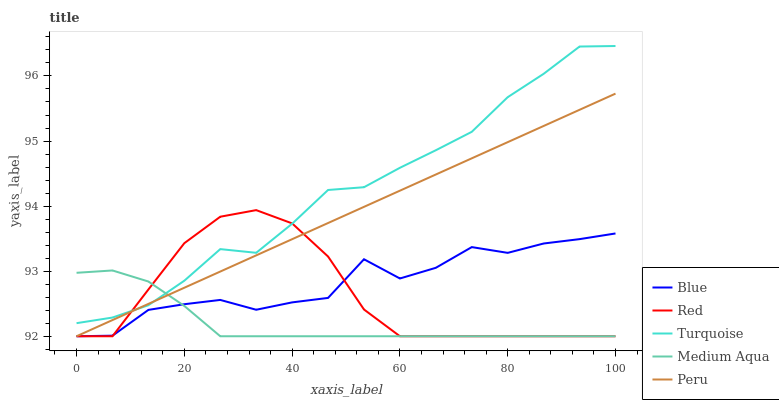
| xaxis_label | Blue | Red | Turquoise | Medium Aqua | Peru |
 | --- | --- | --- | --- | --- | --- |
 | 0 | 92 | 92 | 92.2 | 93 | 92 |
 | 6.67 | 92 | 92 | 92.3 | 93 | 92.2 |
 | 13.3 | 92.4 | 92.7 | 92.5 | 92.8 | 92.5 |
 | 20 | 92.5 | 93.4 | 92.9 | 92.5 | 92.7 |
 | 26.7 | 92.6 | 93.8 | 93.3 | 92 | 93 |
 | 33.3 | 92.4 | 93.9 | 93.3 | 92 | 93.2 |
 | 40 | 92.5 | 93.7 | 93.7 | 92 | 93.5 |
 | 46.7 | 92.6 | 93.2 | 94.2 | 92 | 93.7 |
 | 53.3 | 93.2 | 92.4 | 94.3 | 92 | 94 |
 | 60 | 92.9 | 92 | 94.6 | 92 | 94.2 |
 | 66.7 | 93.1 | 92 | 94.9 | 92 | 94.5 |
 | 73.3 | 93.4 | 92 | 95.1 | 92 | 94.7 |
 | 80 | 93.3 | 92 | 95.7 | 92 | 95 |
 | 86.7 | 93.4 | 92 | 96 | 92 | 95.2 |
 | 93.3 | 93.5 | 92 | 96.5 | 92 | 95.5 |
 | 100 | 93.6 | 92 | 96.5 | 92 | 95.7 |